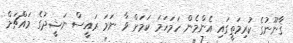
ޤާނޫނުގެ ކުރިމަތީގައި އެންމެން ހަމަހަމަ ކަމަށް ވާ ނަމަ ރައީސް ނަޝީދުގެ މައްޗަށް